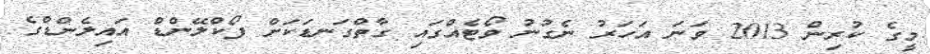
މީގެ ކުރިން 2013 ވަނަ އަހަރު ނެގުނު ވޯޓެއްގައި ގާތްގަނޑަކަށް ފޯކްލޭންޑް އައިލެންޑްގެ